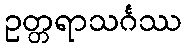
ဥတ္တရာသင်္ဂဿ